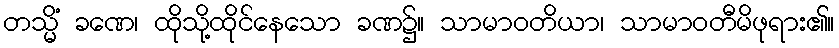
တသ္မိံ ခဏေ၊ ထိုသို့ထိုင်နေသော ခဏ၌။ သာမာဝတိယာ၊ သာမာဝတီမိဖုရား၏။